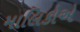
માલિકોએ